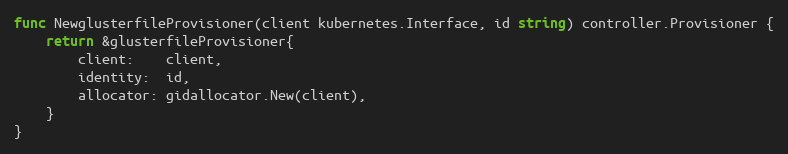
Language: Go
func NewglusterfileProvisioner(client kubernetes.Interface, id string) controller.Provisioner {
	return &glusterfileProvisioner{
		client:    client,
		identity:  id,
		allocator: gidallocator.New(client),
	}
}